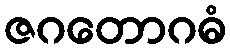
ဇဂတောဂဓံ